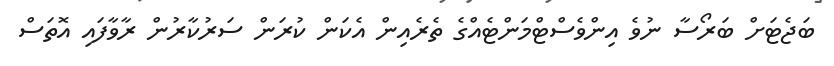
ބަޖެޓަށް ބަރޯސާ ނުވެ އިންވެސްޓްމަންޓެއްގެ ތެރެއިން އެކަން ކުރަން ސަރުކާރުން ރާވާފައި އޮތަސް